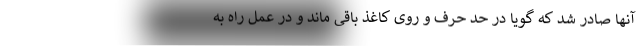
آنها صادر شد که گویا در حد حرف و روی کاغذ باقی ماند و در عمل راه به